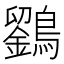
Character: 𪆱